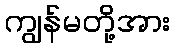
ကျွန်မတို့အား